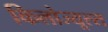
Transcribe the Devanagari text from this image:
किलोज्यूल्स